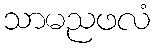
သာမညဖလံ